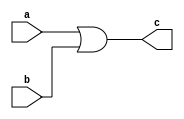
module or_gate(c,a,b);
    input a,b;
    output c;
    reg c;
    always @(a,b)
    c = a|b;
    
endmodule